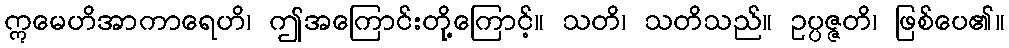
ဣမေဟိအာကာရေဟိ၊ ဤအကြောင်းတို့ကြောင့်။ သတိ၊ သတိသည်။ ဥပ္ပဇ္ဇတိ၊ ဖြစ်ပေ၏။